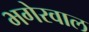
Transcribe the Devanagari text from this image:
भगेरवाल